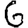
Digit: 6